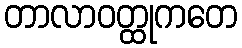
တာလာဝတ္ထုကတေ